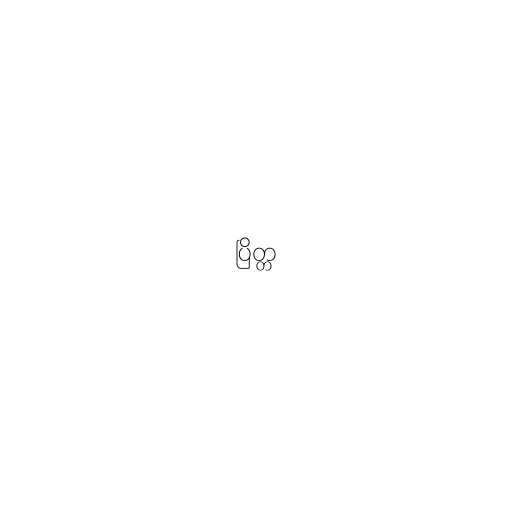
ပြိတ္တ